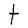
Character: t